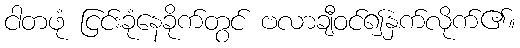
ငါတဖုံ ငြင်းခုံနေခိုက်တွင် ဗလာချီဝင်၍နှက်လိုက်၏။